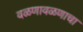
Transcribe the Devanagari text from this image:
वळणावळणाचा